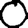
Digit: 0